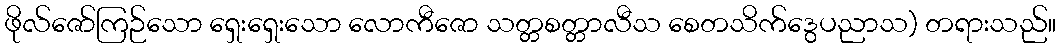
ဖိုလ်ဇော်ကြဉ်သော ရှေးရှေးသော လောကီဇော သတ္တစတ္တာလီသ စေတသိက်ဒွေပညာသ) တရားသည်။